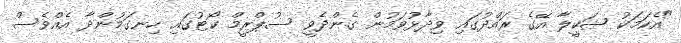
"އެކަމަކު ޝަކީލާ އޭގެ ރައްދުގައި ވިދާޅުވަމުން ގެންދެވީ ސުޕްރީމް ކޯޓުގައި ހިނގަމުންދާ އެއްވެސް